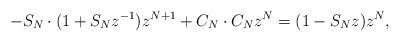
LaTeX: \begin{align*}-S_N\cdot(1+S_Nz^{-1})z^{N+1}+C_N\cdot C_Nz^N=(1-S_Nz)z^N,\end{align*}